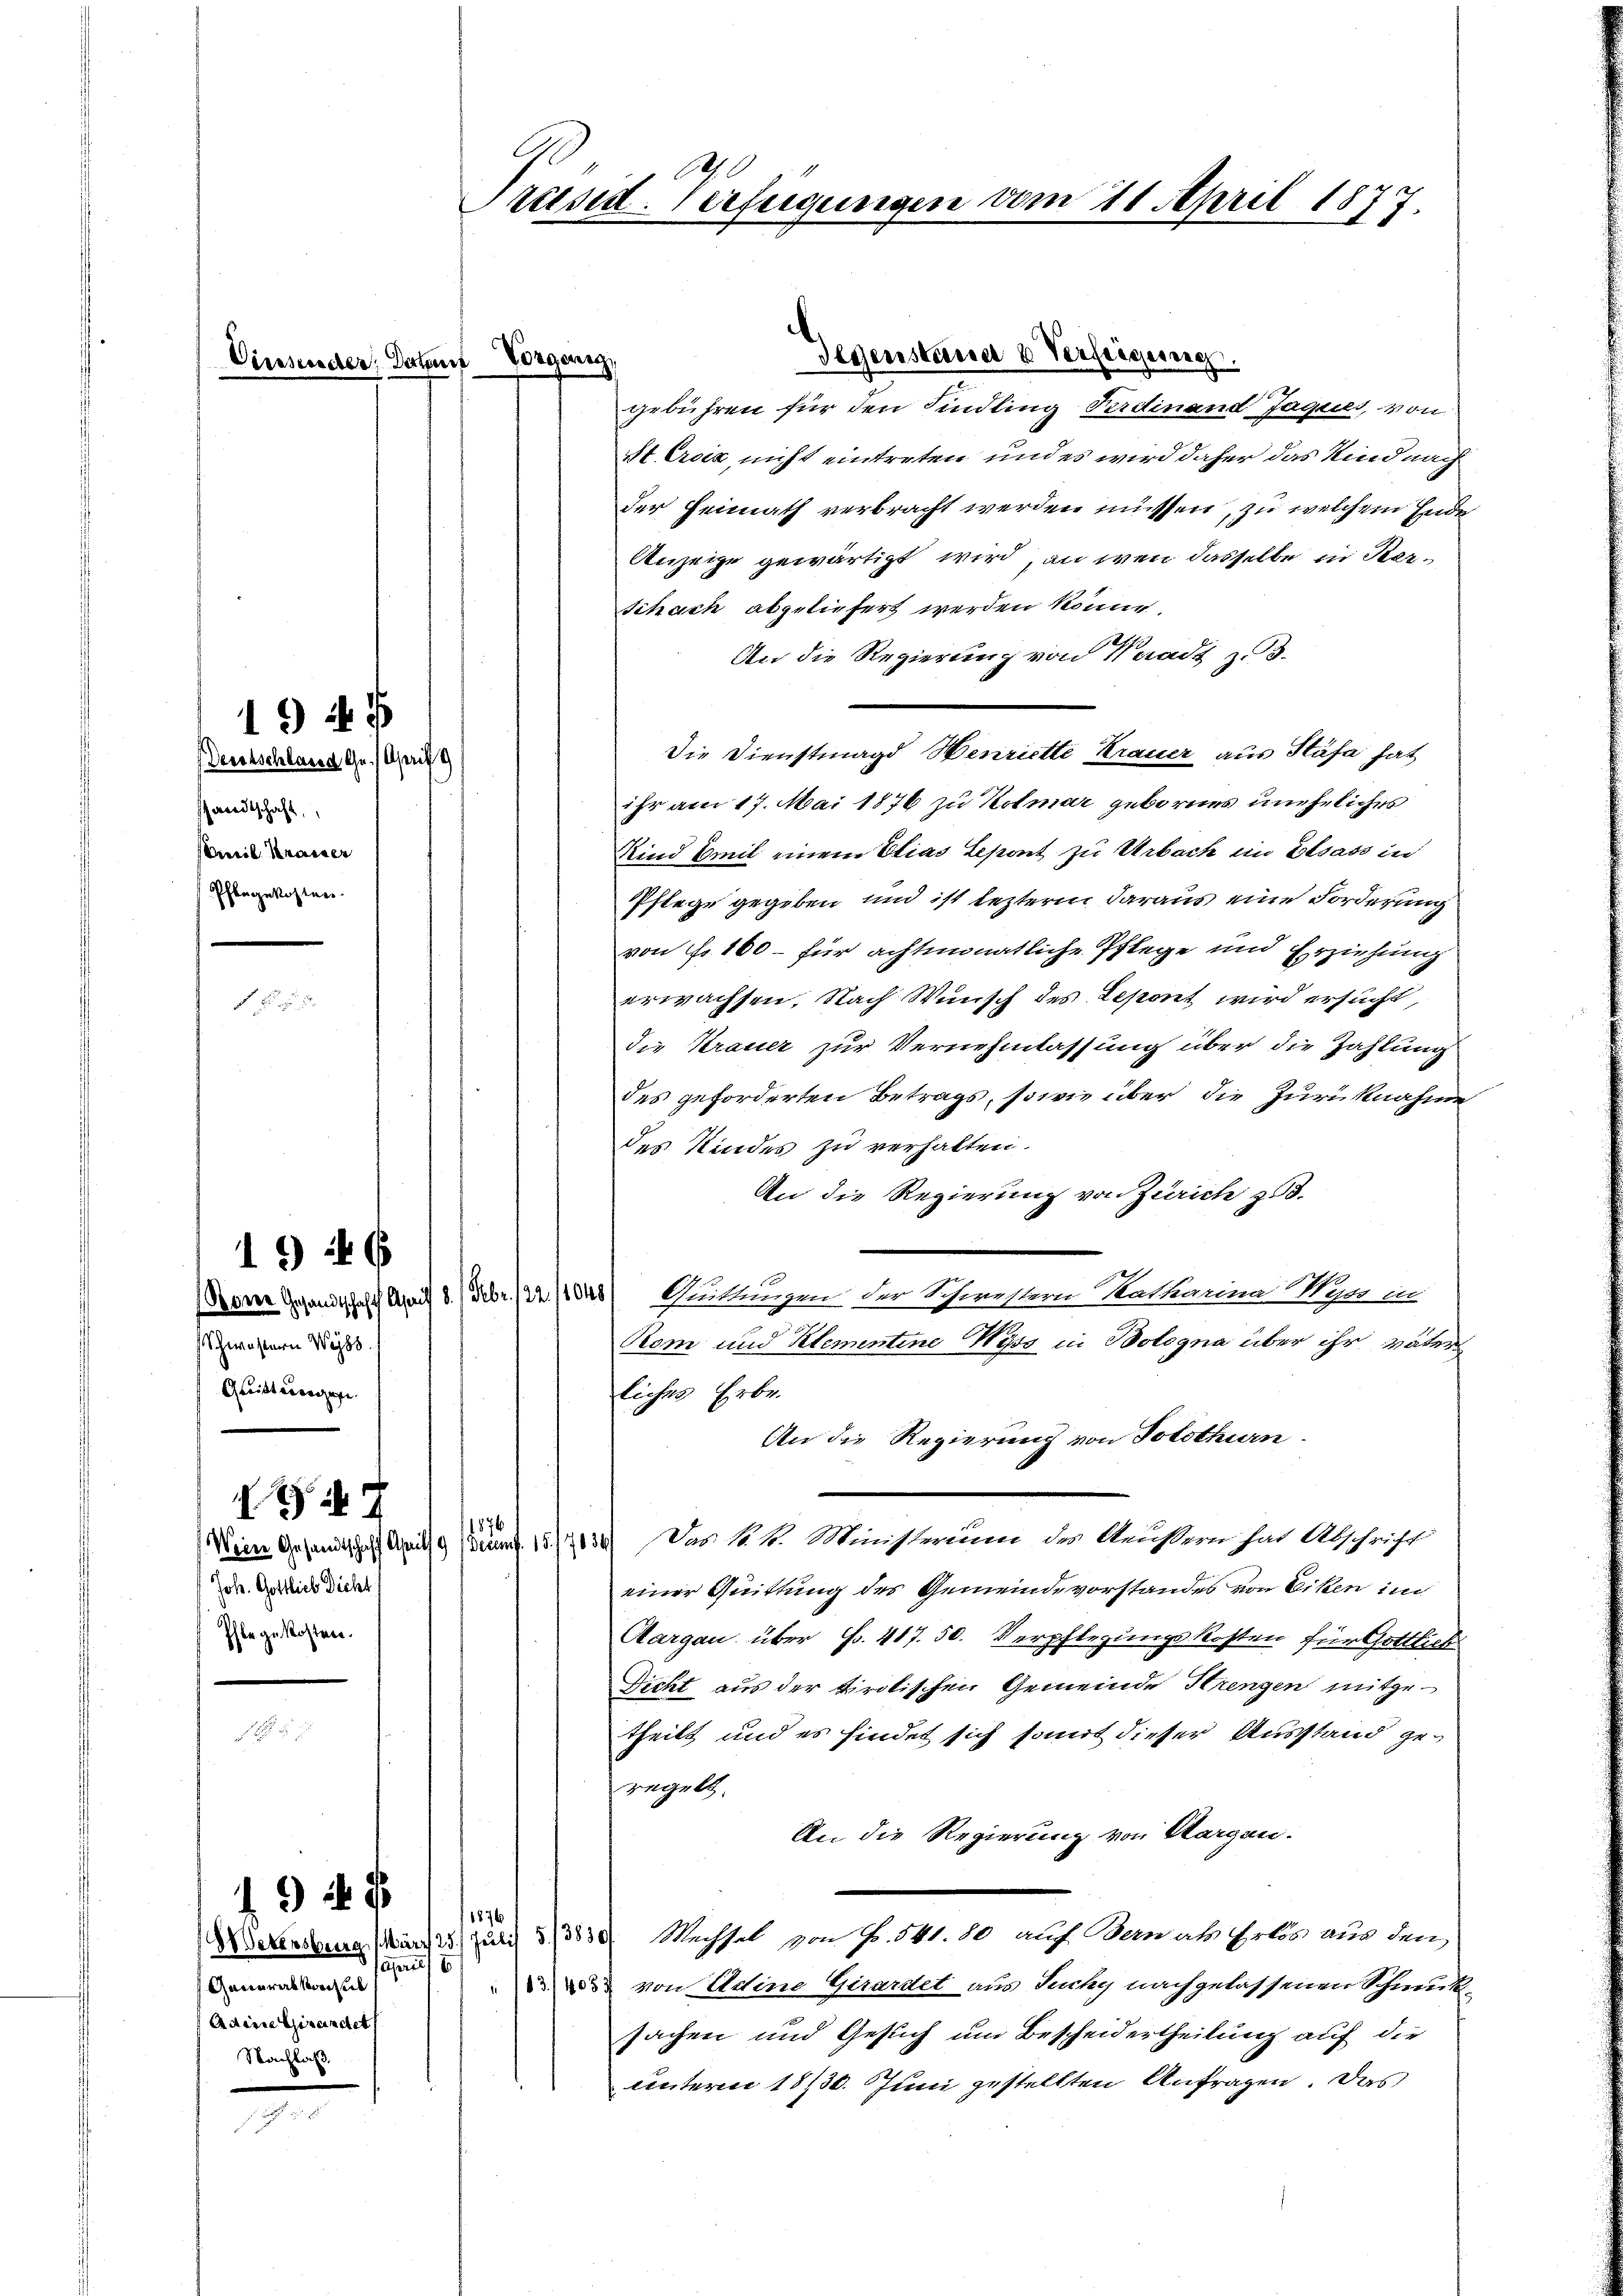
Cirsecter: Datent

shandtschaft
Emil Kraiser
Pflegekosten.
f Fr. 2 u.

194 f
Deutschland Gr. April

Schwestern Weiss
Greift eingege

Joh. Gottlich Dicht
be gekosten.
H

1946

88 Vetersberg
Generalkonsul
Adeine Girendet
Nachlaß.

19 24 x

gebühren für den Kindling Ferdinand Jaques, von
st Erciz nicht eintreten und es wird daher das Kind nach
der Heimath verbracht werden müssen, zu welchem Ende
Anzeige gewärtigt wird, an wen dasselbe in Ber¬
Schach abgeliefert werden könne.
An die Regierung von Waadt zu 3.
Die Dienstmagd Wenriette Krauer aus Stäfa hat
ihr am 17. Mai 1876 zu Kolmar gebornes uneheliches
Kind Emil einem Elias Lepont zu Urbach ein Elsass in
Pflege gegeben und ist leztern daraus eine Forderung
von Fr. 160 - für achtmonatliche Pflege und Erziehung
erwachsen. Nach Wunsch des Lepont wird ersucht,
die Krauer zur Vernehmlassung über die Zahlung
des geforderten Betrags, sowie über die Zurücknahme
des Kindes zu verhalten.
An die Regierung von Zürich zu.
Doner Gesandtschaft April 8.) Febr. /22/048) Wirkungen der Schwistern Katharina Kun in
Rom und Klementine Wyss in Bologna über ihr vater
liches Erbr.
An die Regierung von Solothurn.
1876
(Wein Gesandtschaft Anilg drunt. 1517034. Das k. k. Ministeruan des Außern hat Abschrift
einer Quittung des Gemeindevorstandes von Eiken in
Aargau über Fr. 487. 50. Verpflegungskosten für Gottlich
Dicht aus der tirolischen Gemeinde Hrengen mitgetheilt und es findet sich somit dieser Ausstand geregelt.
An die Regierung von Morgen.
1876
 Wechsel von Fr. 541. 80 auf Bern als Erlös aus den
März 25. Juli
april 1
 von Adine Girardet aus Suchy nachgelassenen Schmuck-
sachen und Gesuch um Bescheidertheilung auf die
unter 1830. Juni gestellten Anfragen. Das

A
Präsid. Verfügungen vom 11. April 1877.

Vorgang

Gegenstaner u Verfeigung.